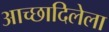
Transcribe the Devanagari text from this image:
आच्छादिलेला